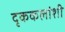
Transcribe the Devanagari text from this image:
दृककलांशी